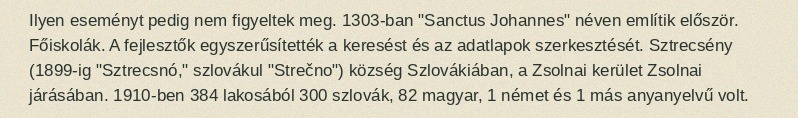
Ilyen eseményt pedig nem figyeltek meg. 1303-ban "Sanctus Johannes" néven említik először. Főiskolák. A fejlesztők egyszerűsítették a keresést és az adatlapok szerkesztését. Sztrecsény (1899-ig "Sztrecsnó," szlovákul "Strečno") község Szlovákiában, a Zsolnai kerület Zsolnai járásában. 1910-ben 384 lakosából 300 szlovák, 82 magyar, 1 német és 1 más anyanyelvű volt.